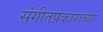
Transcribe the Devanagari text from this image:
संगीतप्रकाराच्या